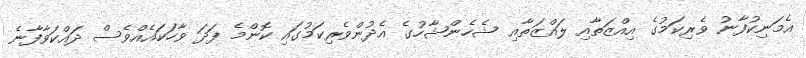
އެމަނިކުފާނު ވެރިކަމުގެ އިއްޒަތާއި ލައްޒަތާއި ޝެހެންޝާހުގެ އެދުންވެރިކަމުގައި ކޮންމެ ފަދަ ވާހަކައެއްވެސް ދައްކަވާފާނެ